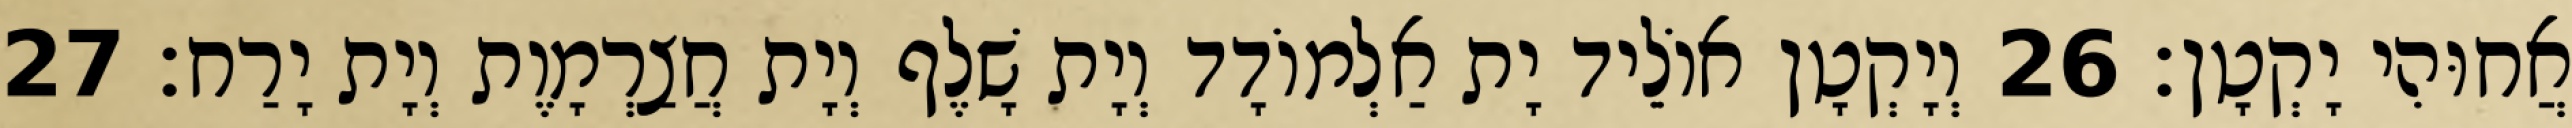
אֲחוּהִי יָקְטָן׃ 26 וְיָקְטָן אוֹלֵיד יָת אַלְמוֹדָד וְיָת שָׁלֶף וְיָת חֲצַרְמָוֶת וְיָת יָרַח׃ 27